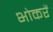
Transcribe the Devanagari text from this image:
भोकरें